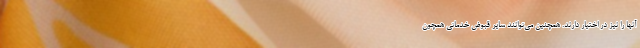
آنها را نیز در اختیار دارند. همچنین می‌توانند سایر قبوض خدماتی همچون